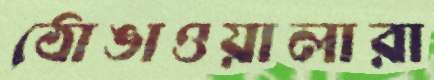
ঠোঙাওয়ালারা